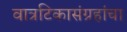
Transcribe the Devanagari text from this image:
वात्रटिकासंग्रहांचा